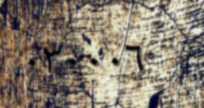
٠٣٠٠٠٦